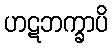
ဟဋဘက္ခာပိ